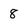
Character: 8